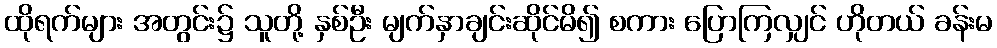
ထိုရက်များ အတွင်း၌ သူတို့ နှစ်ဦး မျက်နှာချင်းဆိုင်မိ၍ စကား ပြောကြလျှင် ဟိုတယ် ခန်းမ